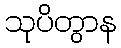
သုပိတွာန